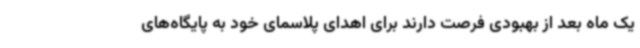
یک ماه بعد از بهبودی فرصت دارند برای اهدای پلاسمای خود به پایگاه‌های